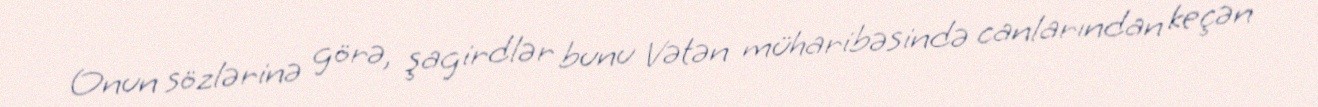
Onun sözlərinə görə, şagirdlər bunu Vətən müharibəsində canlarından keçən